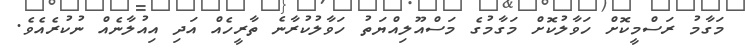
މަގާމު ރަސްމީކޮށް ހަވާލުކޮށް މަގާމުގެ މަސްއޫލިއްޔަތު ހަވާލުކުރާނެ ތާރީހެއް އަދި އިއުލާނެއް ނުކުރެއެވެ.